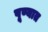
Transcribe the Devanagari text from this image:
पूण्यात